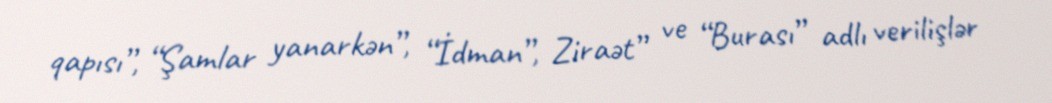
qapısı”, “Şamlar yanarkən”, “İdman”, Ziraət” ve “Burası” adlı verilişlər